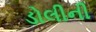
ડોલીની